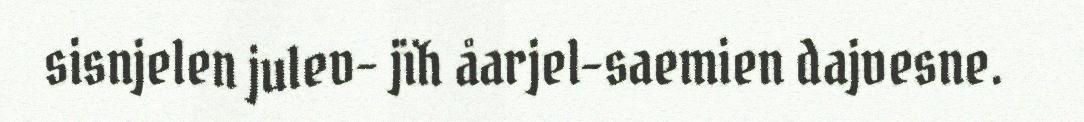
sisnjelen julev- jïh åarjel-saemien dajvesne.